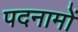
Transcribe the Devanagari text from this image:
पदनामों